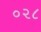
૦૨૮